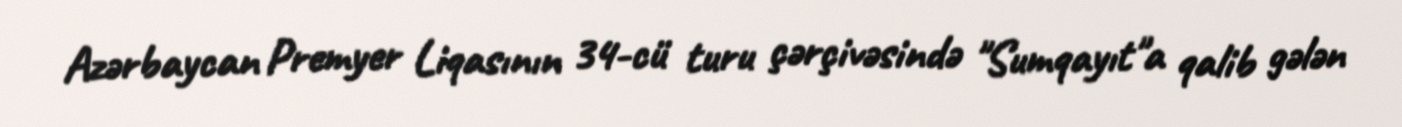
Azərbaycan Premyer Liqasının 34-cü turu çərçivəsində "Sumqayıt"a qalib gələn